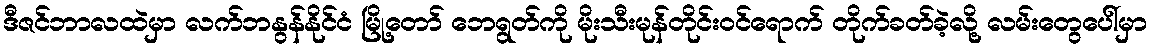
ဒီဇင်ဘာလထဲမှာ လက်ဘနွန်နိုင်ငံ မြို့တော် ဘေရွတ်ကို မိုးသီးမုန်တိုင်းဝင်ရောက် တိုက်ခတ်ခဲ့လို့ လမ်းတွေပေါ်မှာ